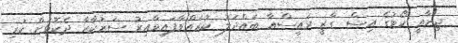
ޖިނާއީ ކޯޓުގެ އިސް ގާޒީ ރައީސްއާ ބައްދަލު ކުރައްވާފައިވާއިރު ސަރުކާރާ ދެކޮޅަށް ކުރި